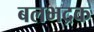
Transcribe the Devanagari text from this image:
बलभद्रक